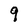
Character: 9